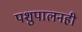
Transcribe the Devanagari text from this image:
पशुपालनही